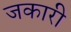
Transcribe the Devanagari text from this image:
जकारी